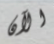
الآن